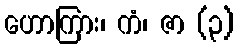
ဟောကြား၊ ကံ၊ ဇာ (၃)